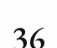
36